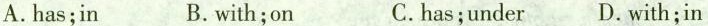
A.has;in B.with;on C.has;under D.with;in